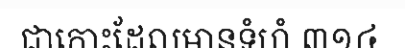
ជាកោះដែលមានទំហំ ៣១៤